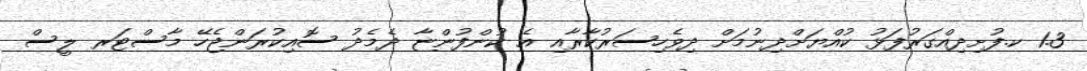
1.3 ކ.ފުށިދިއްގަރުފަޅު ކުއްޔަށްދިނުމަށް ދިވެހިސަރުކާރާއި އެ ކުންފުންޏާ ދެމެދު ސޮއިކުރަންޖެހޭ މާސްޓަރ ލީސް